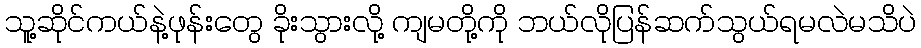
သူ့ဆိုင်ကယ်နဲ့ဖုန်းတွေ ခိုးသွားလို့ ကျမတို့ကို ဘယ်လိုပြန်ဆက်သွယ်ရမလဲမသိပဲ